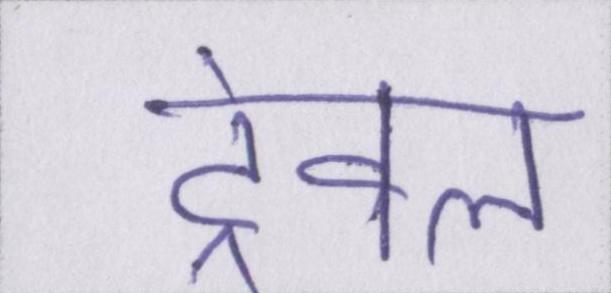
ट्रेवल